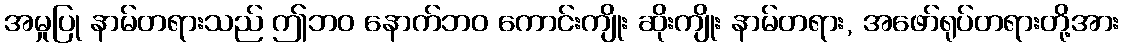
အမှုပြု နာမ်တရားသည် ဤဘဝ နောက်ဘဝ ကောင်းကျိုး ဆိုးကျိုး နာမ်တရား, အဖော်ရုပ်တရားတို့အား